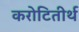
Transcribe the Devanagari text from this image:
करोटितीर्थ